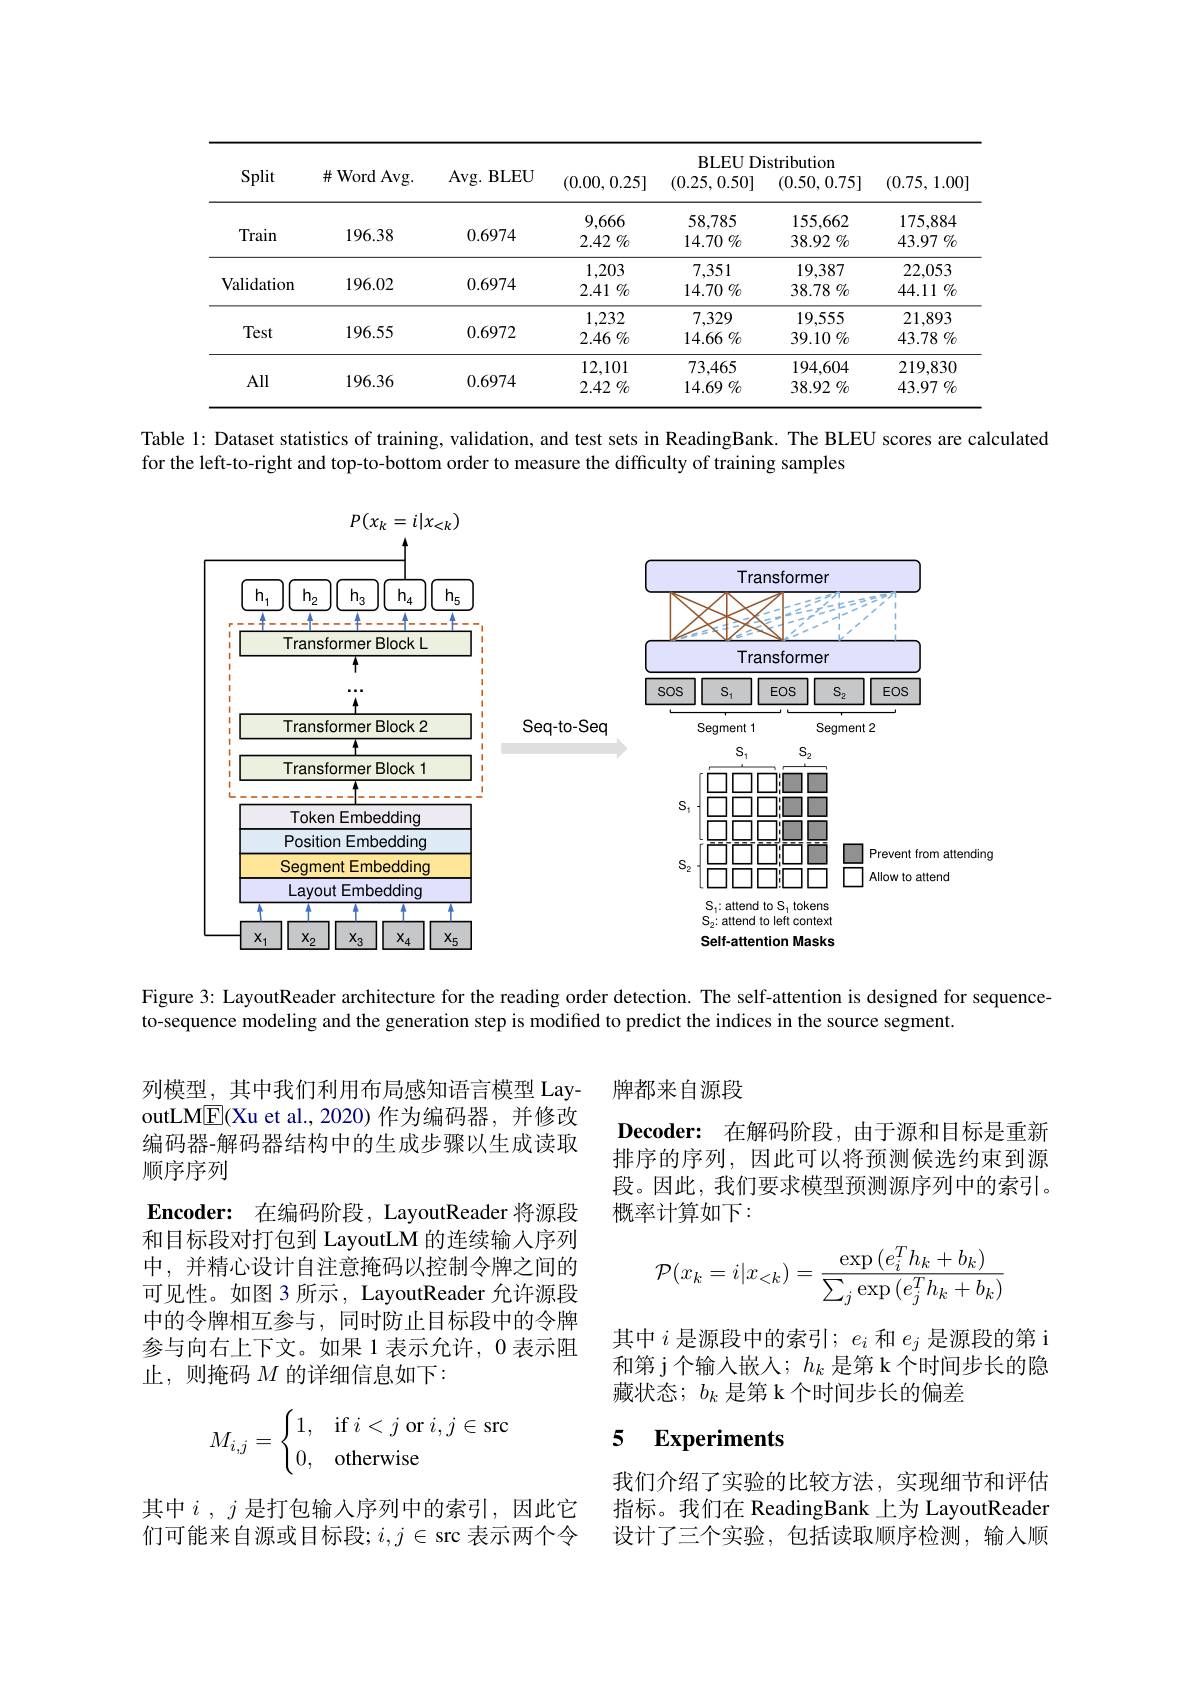
<table>
	<tbody>
		<tr>
			<th>Split</th>
			<th>$\#$Word Avg.</th>
			<th>Avg. BLEU</th>
			<th>(0.00,0.25]</th>
			<th>BLEUDi (0.25,0.50]</th>
			<th>istribution (0.50,0.75]</th>
			<th>(0.75, 1.00]</th>
		</tr>
		<tr>
			<td>Train</td>
			<td>196.38</td>
			<td>0.6974</td>
			<td>9,666 2.42 $\%$</td>
			<td>58,785 14.70 $\%$</td>
			<td>155,662 38.92 $\%$</td>
			<td>175,884 43.97 $\%$</td>
		</tr>
		<tr>
			<td>Validation</td>
			<td>196.02</td>
			<td>0.6974</td>
			<td>1,203 2.41 $\%$</td>
			<td>7,351 14.70 $\%$</td>
			<td>19,387 38.78 $\%$</td>
			<td>22,053 44.11 $\%$</td>
		</tr>
		<tr>
			<td>Test</td>
			<td>196.55</td>
			<td>0.6972</td>
			<td>1,232 $2.46\%$</td>
			<td>7,329 14.66 $\%$</td>
			<td>19,555 39.10 $\%$</td>
			<td>21,893 43.78 $\%$</td>
		</tr>
		<tr>
			<td>All</td>
			<td>196.36</td>
			<td>0.6974</td>
			<td>12,101 2.42 $\%$</td>
			<td>73,465 $14.69\%$</td>
			<td>194,604 38.92 $\%$</td>
			<td>219,830 43.97 $\%$</td>
		</tr>
	</tbody>
</table>

Table 1: Dataset statistics of training, validation, and test sets in ReadingBank. The BLEU scores are calculated
for the left-to-right and top-to-bottom order to measure the difficulty of training samples

<FigureHere>

Figure 3: LayoutReader architecture for the reading order detection. The self-attention is designed for sequence-
to-sequence modeling and the generation step is modified to predict the indices in the source segment.

牌都来自源段

Decoder: 在解码阶段，由于源和目标是重新排序的序列，因此可以将预测候选约束到源段。因此，我们要求模型预测源序列中的索引。概率计算如下：

列模型，其中我们利用布局感知语言模型 LayoutLME(Xu et al., 2020) 作为编码器，并修改编码器-解码器结构中的生成步骤以生成读取顺序序列
$\textbf{Encoder: 在 编 码 阶 段 , LayoutReader 将 源 段 }$ 和目标段对打包到 LayoutLM 的连续输入序列中，并精心设计自注意掩码以控制令牌之间的可见性。如图 3 所示，LayoutReader 允许源段中的令牌相互参与，同时防止目标段中的令牌参与向右上下文。如果 1 表示允许，0 表示阻止，则掩码$M$的详细信息如下：
$$\mathcal{P}(x_k=i|x_{<k})=\frac{\exp{(e_i^Th_k+b_k)}}{\sum_j\exp{(e_j^Th_k+b_k)}}$$
其中$i$是源段中的索引；$e_i$和$e_j$是源段的第 i 和第 j 个输入嵌人；$h_k$是第 k 个时间步长的隐藏状态；$b_k$是第 k 个时间步长的偏差
$$M_{i,j}=\begin{cases}1,&\text{if}\:i<j\:\text{or}\:i,j\in\text{src}\\0,&\text{otherwise}\end{cases}$$
### 5 Experiments

我们介绍了实验的比较方法，实现细节和评估指标。我们在 ReadingBank 上为 LayoutReader 设计了三个实验，包括读取顺序检测，输入顺

其中$i,j$ 是打包输入序列中的索引，因此它们可能来自源或目标段；$i,j\in\operatorname{src}$表示两个令